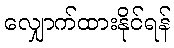
လျှောက်ထားနိုင်ရန်